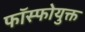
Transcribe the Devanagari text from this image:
फॉस्फोयुक्त